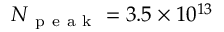
N _ { \mathrm { ~ p ~ e ~ a ~ k ~ } } = 3 . 5 \times 1 0 ^ { 1 3 }